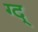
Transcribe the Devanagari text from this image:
ग्द्